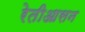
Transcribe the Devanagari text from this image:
रेतीआसन